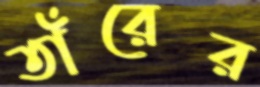
তাঁরের